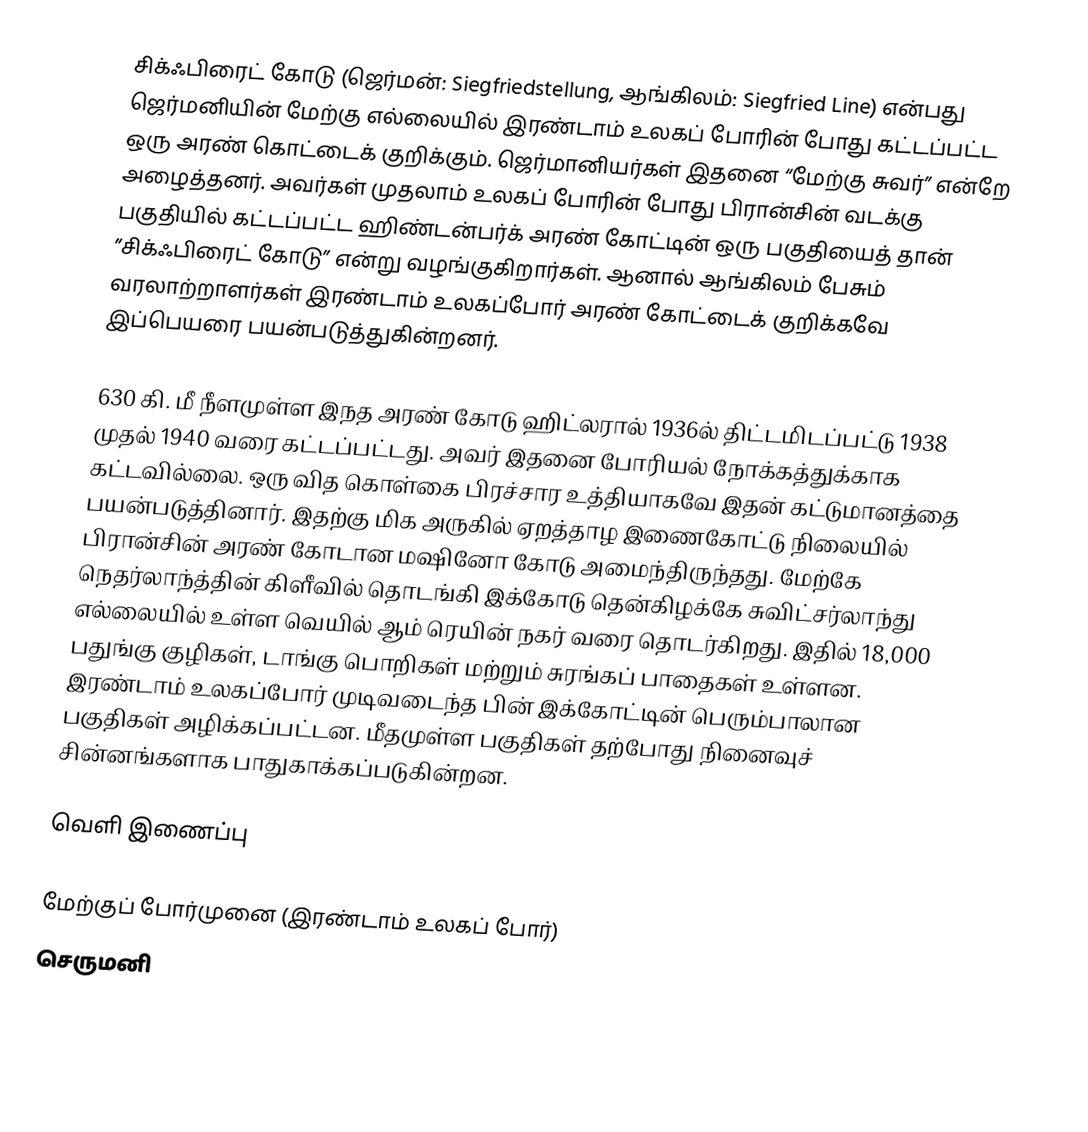
சிக்ஃபிரைட் கோடு (ஜெர்மன்: Siegfriedstellung, ஆங்கிலம்: Siegfried Line) என்பது ஜெர்மனியின் மேற்கு எல்லையில் இரண்டாம் உலகப் போரின் போது கட்டப்பட்ட ஒரு அரண் கொட்டைக் குறிக்கும். ஜெர்மானியர்கள் இதனை “மேற்கு சுவர்” என்றே அழைத்தனர். அவர்கள் முதலாம் உலகப் போரின் போது பிரான்சின் வடக்கு பகுதியில் கட்டப்பட்ட ஹிண்டன்பர்க் அரண் கோட்டின் ஒரு பகுதியைத் தான் ”சிக்ஃபிரைட் கோடு” என்று வழங்குகிறார்கள். ஆனால் ஆங்கிலம் பேசும் வரலாற்றாளர்கள் இரண்டாம் உலகப்போர் அரண் கோட்டைக் குறிக்கவே இப்பெயரை பயன்படுத்துகின்றனர்.

630 கி. மீ நீளமுள்ள இநத அரண் கோடு ஹிட்லரால் 1936ல் திட்டமிடப்பட்டு 1938 முதல் 1940 வரை கட்டப்பட்டது. அவர் இதனை போரியல் நோக்கத்துக்காக கட்டவில்லை. ஒரு வித கொள்கை பிரச்சார உத்தியாகவே இதன் கட்டுமானத்தை பயன்படுத்தினார். இதற்கு மிக அருகில் ஏறத்தாழ இணைகோட்டு நிலையில் பிரான்சின் அரண் கோடான மஷினோ கோடு அமைந்திருந்தது. மேற்கே நெதர்லாந்த்தின் கிளீவில் தொடங்கி இக்கோடு தென்கிழக்கே சுவிட்சர்லாந்து எல்லையில் உள்ள வெயில் ஆம் ரெயின் நகர் வரை தொடர்கிறது. இதில் 18,000 பதுங்கு குழிகள், டாங்கு பொறிகள் மற்றும் சுரங்கப் பாதைகள் உள்ளன. இரண்டாம் உலகப்போர் முடிவடைந்த பின் இக்கோட்டின் பெரும்பாலான பகுதிகள் அழிக்கப்பட்டன. மீதமுள்ள பகுதிகள் தற்போது நினைவுச் சின்னங்களாக பாதுகாக்கப்படுகின்றன.

வெளி இணைப்பு

மேற்குப் போர்முனை (இரண்டாம் உலகப் போர்)
செருமனி